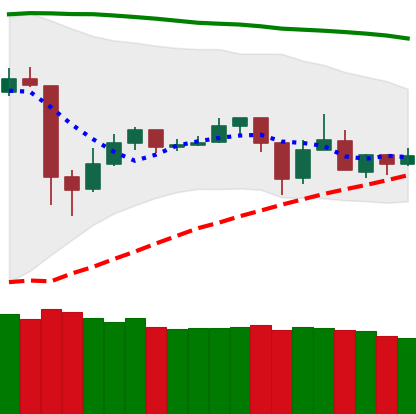
Ticker: TRX-USD
Chart end date: 2020-05-27
Forward return: 15.458%
Label: up_7plus